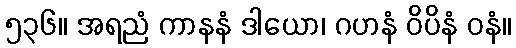
၅၃၆။ အရညံ ကာနနံ ဒါယော၊ ဂဟနံ ဝိပိနံ ဝနံ။